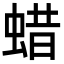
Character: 蜡